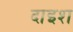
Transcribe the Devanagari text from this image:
दाइश